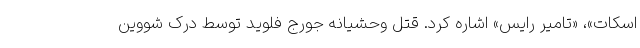
اسکات»، «تامیر رایس» اشاره کرد. قتل وحشیانه جورج فلوید توسط درک شووین